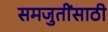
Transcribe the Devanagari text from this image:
समजुतींसाठी